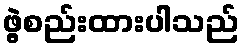
ဖွဲ့စည်းထားပါသည်